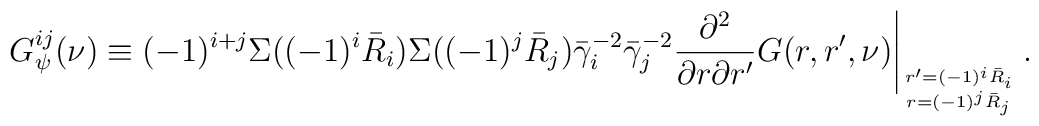
G^{ij}_\psi(\nu) \equiv (-1)^{i+j} \Sigma((-1)^i \bar R_i)\Sigma((-1)^j \bar R_j) \bar\gamma_i^{-2} \bar\gamma_j^{-2}\frac{\partial^2}{\partial r \partial r'} G(r,r',\nu)\Bigg|_{{r' = (-1)^i \bar R_i} \atop {r = (-1)^j \bar R_j}} \,.